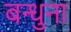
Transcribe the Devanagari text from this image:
बन्धुना